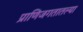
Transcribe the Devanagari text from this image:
प्राणिजगतातल्या